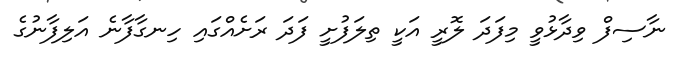
ނާސިފް ވިދާޅުވީ މިފަދަ ލޮރީ އަކީ ތިލަފުށީ ފަދަ ރަށެއްގައި ހިނގާފާނެ އަލިފާނުގެ